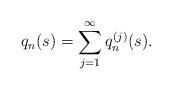
LaTeX: \begin{align*} q_n(s)=\sum_{j=1}^{\infty}q_n^{(j)}(s).\end{align*}